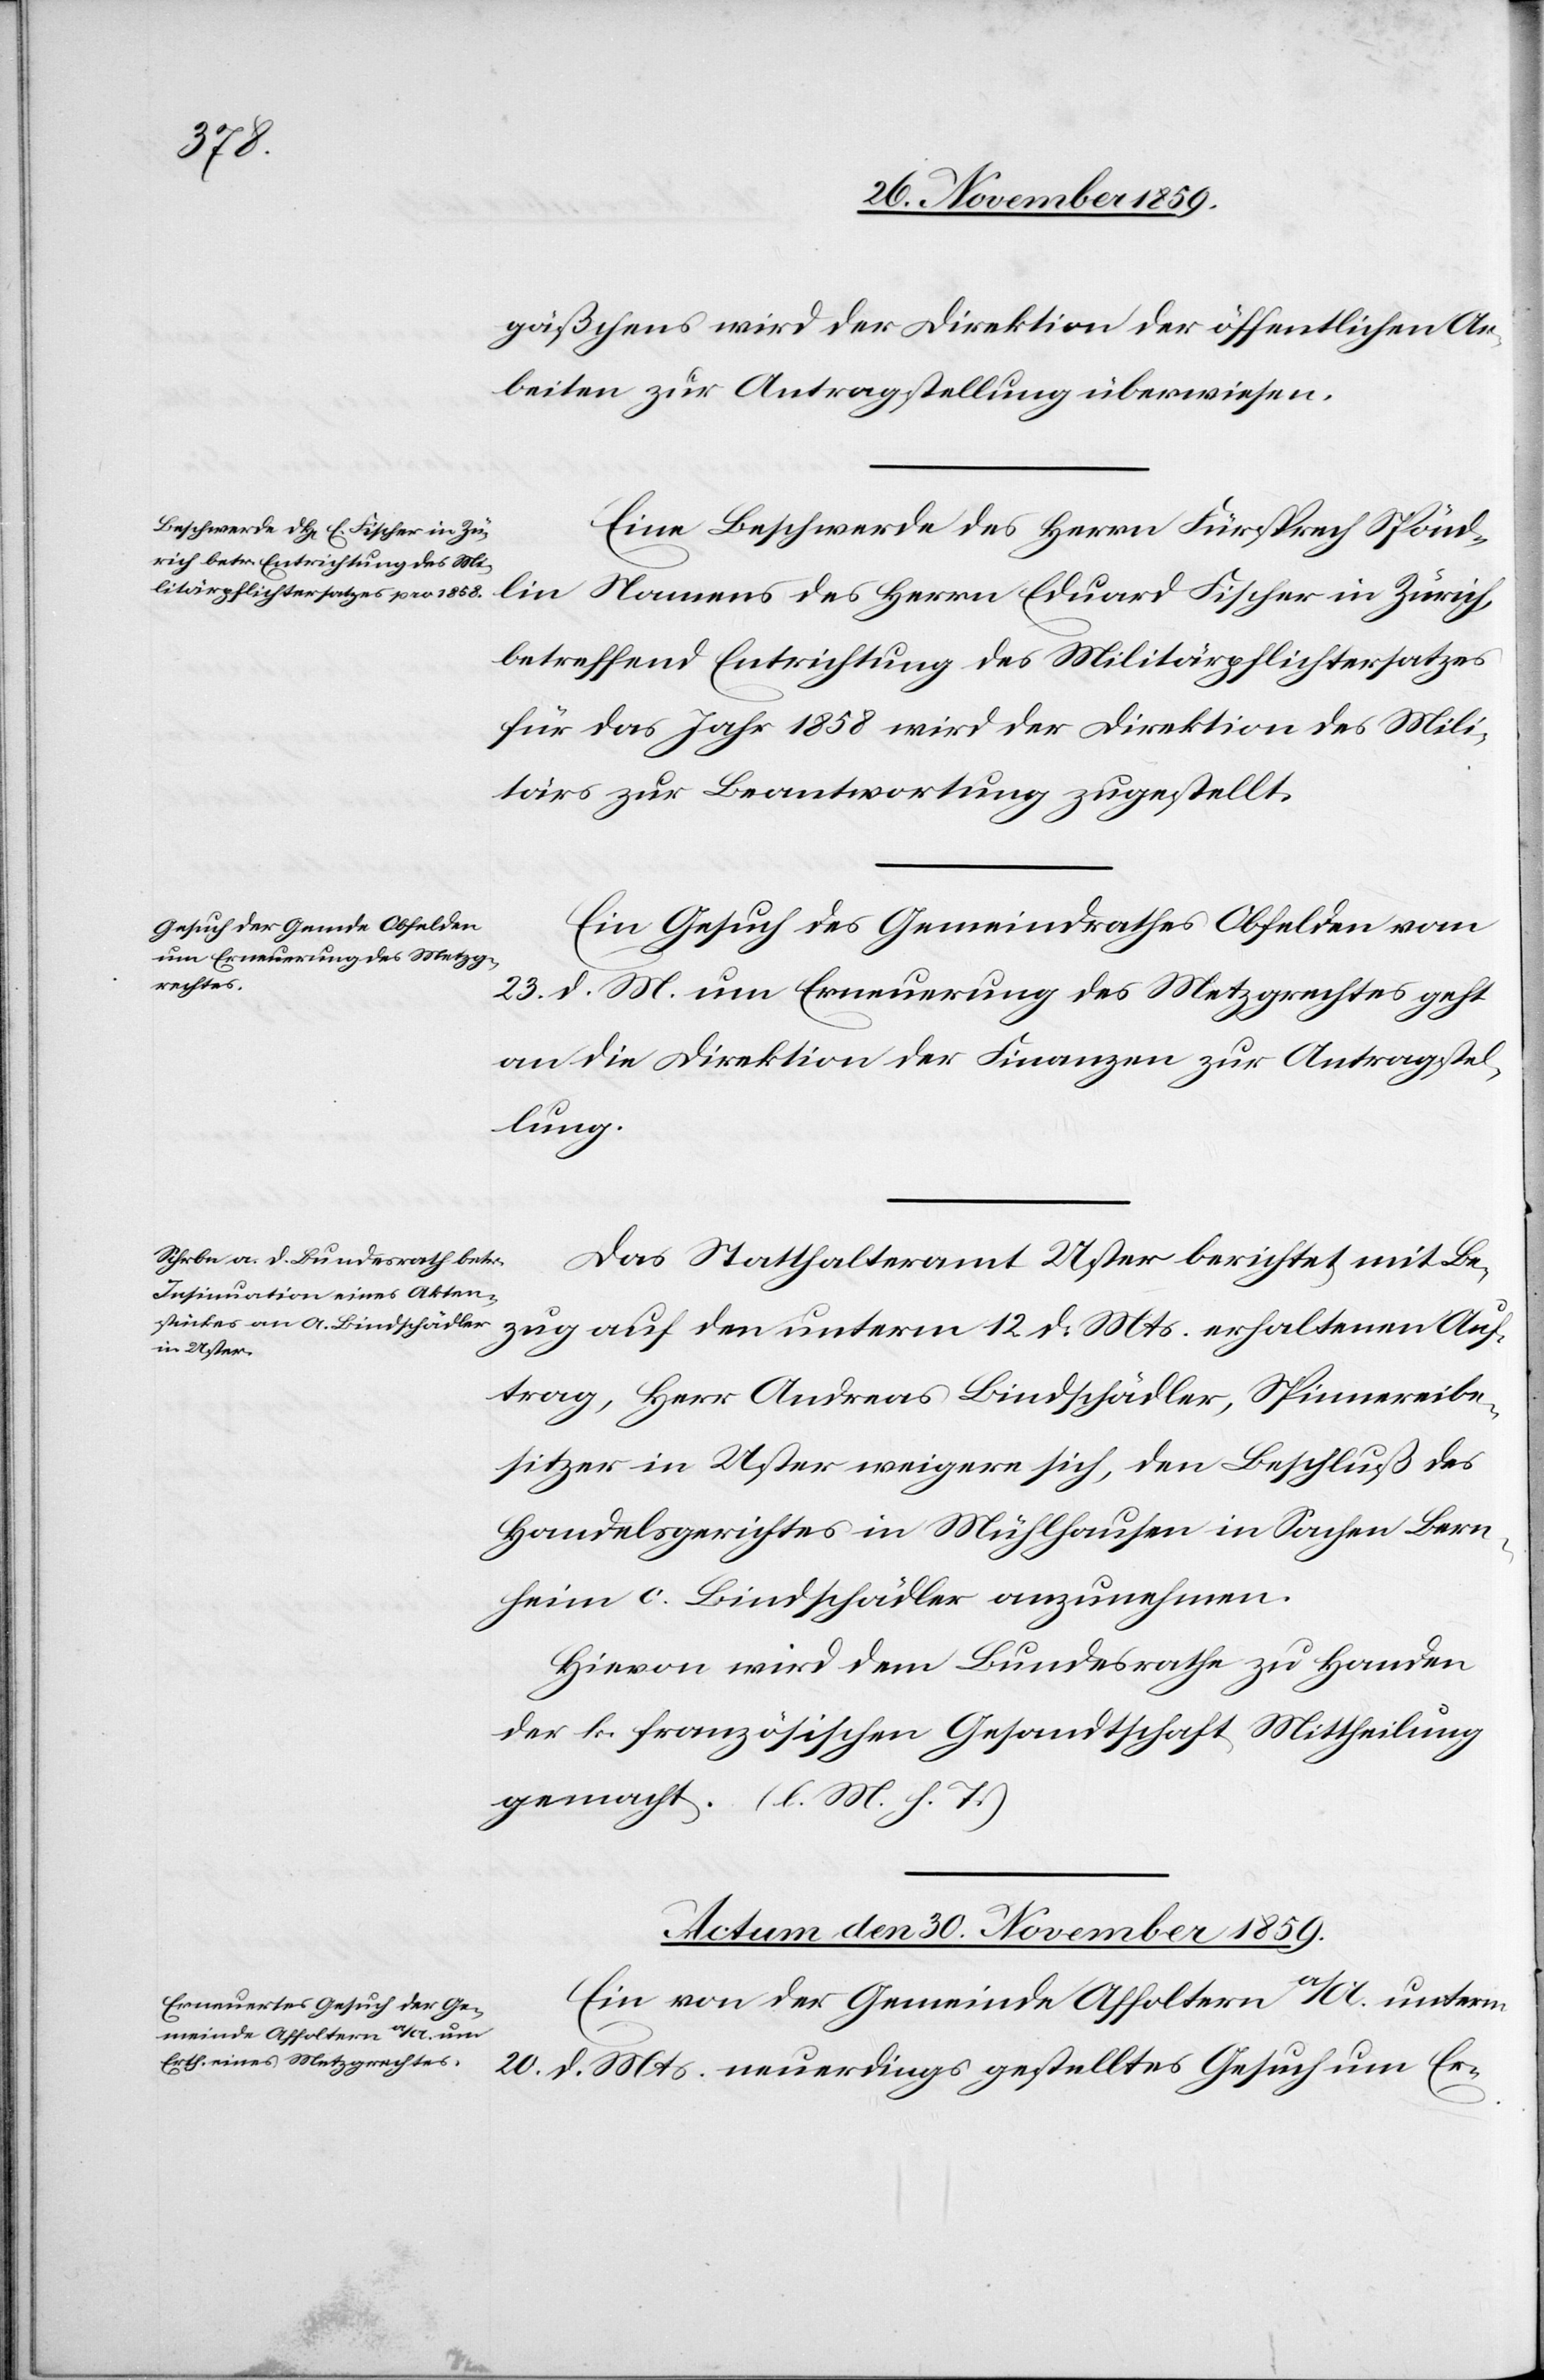
gäßchens wird der Direktion des öffentlichen Ar¬
beiten zur Antragstellung überwiesen.
Eine Beschwerde des Herrn Fürsprech Spöndlin
betreffend Entrichtung des Militärpflichtersatzes
für das Jahr 1858 wird der Direktion des Mili¬
tärs zur Beantwortung überwiesen.
Ein Gesuch des Gemeinderathes Obfelden vom
23. d. M. um Erneuerung des Metzgrechtes geht
an die Direktion der Finanzen zur Antragstel¬
lung.
Das Statthalteramt Uster berichtet mit Be¬
zug auf den unterm 12. d. Mts. erhaltenen Auf¬
trag, Herr Andreas Bindschädler, Spinnereibe¬
sitzer in Uster weigere sich, den Beschluß des
Handelsgerichtes Mühlhausen in Sachen Bern¬
heim c. Bindschädler anzunehmen.
Hievon wird dem Bundesrathe zu Handen
der k. französischen Gesandtschaft Mittheilung
gemacht. (l. M. h. T.)
Actum den 30. November 1859.
Ein von der Gemeinde Affoltern a/A. unterm
20. d. Mts. neuerdings gestelltes Gesuch um Er-